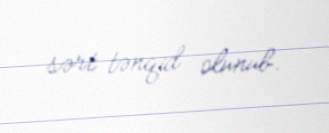
sərt tənqid olunub.